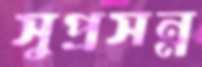
সুপ্রসন্ন